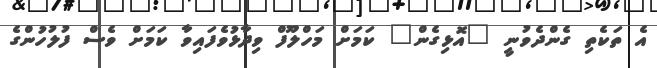
އެ ތަކެތި ގެންދެވުނީ "އޮޅިގެން" ކަމަށް މަހްލޫފް ވިދާޅުވެފައިވާ ކަމަށް ވެސް ފުލުހުންގެ